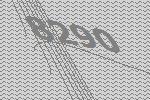
8290